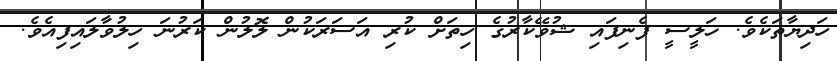
ހަދިޔާތަކެވެ. ޚަލީސީ ފެނިފައި ޝުވޭކާރުގެ ހިތަށް ކުރި އަސަރަކުން ލޮލުން ކަރުނަ ހިލުވާލައިފިއެވެ.